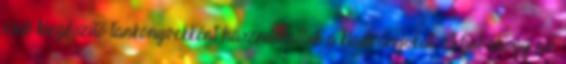
csak kiegészítő tankönyvekként használhattuk a kiadványokat. Mint ahogy az